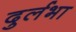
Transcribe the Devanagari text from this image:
दुर्लभा